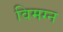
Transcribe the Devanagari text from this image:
विमग्न